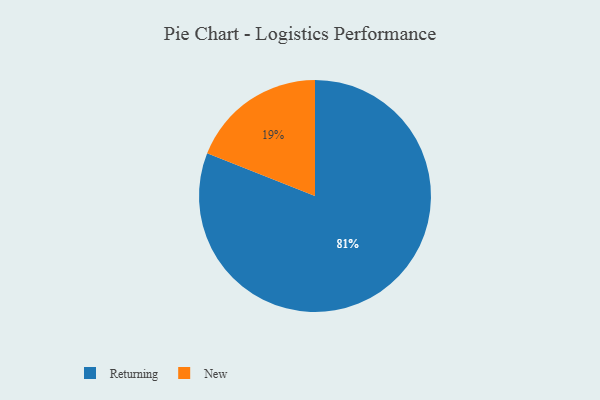
{"axis": {"x": "Category", "y": "Percentage"}, "legend": ["New", "Returning"], "data": [{"x": "Returning", "y": 81, "type": "Returning"}, {"x": "New", "y": 19, "type": "New"}]}